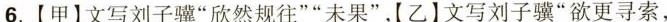
6.【甲】文写刘子骥”欣然规往””未果”，【乙】文写刘子骥”欲更寻索，